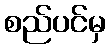
စည်ပင်မှ